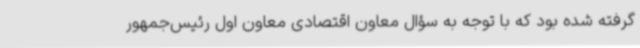
گرفته‌ شده بود که با توجه به سؤال معاون اقتصادی معاون اول رئیس‌جمهور